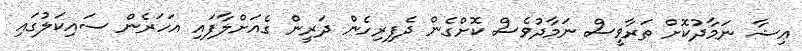
ޢިޝާ ނަމާދުކޮށް ތަރާވީސް ނަމާދުވެސް ކޮށްގެން ދެފިރިހެން ދަރީން ގެއަށްލާފައި އަހަރެން ސައިކަލުގައި